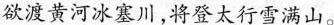
欲渡黄河冰塞川，将登太行雪满山。